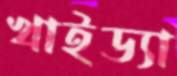
খাইড্যা